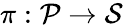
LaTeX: \pi:\mathcal{P}\overset{}{\rightarrow}\mathcal{S}